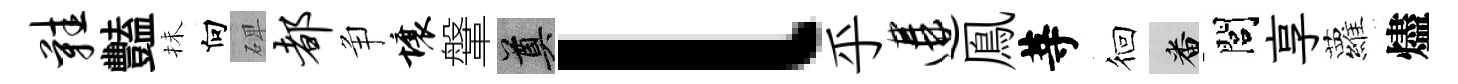
鞋豔抺向𥓓都争壤鞶奠l乎遘鳯䓁徊番閭享蘿燼